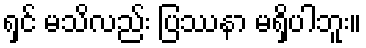
ရှင် မသိလည်း ပြဿနာ မရှိပါဘူး။